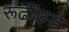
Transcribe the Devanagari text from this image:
रूढींकडे